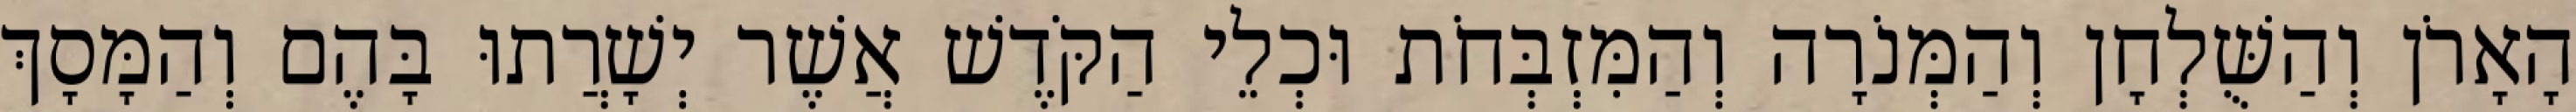
הָאָרֹן וְהַשֻּׁלְחָן וְהַמְּנֹרָה וְהַמִּזְבְּחֹת וּכְלֵי הַקֹּדֶשׁ אֲשֶׁר יְשָׁרֲתוּ בָּהֶם וְהַמָּסָךְ